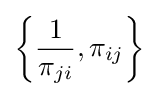
\left\{{\frac {1}{\pi _{ji}}},\pi _{ij}\right\}